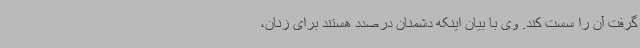
گرفت آن را سست کند. وی با بیان اینکه دشمنان درصدد هستند برای زنان،